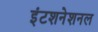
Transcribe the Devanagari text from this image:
इंटशनेशनल